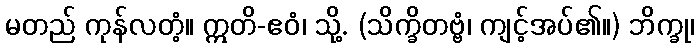
မတည် ကုန်လတံ့။ ဣတိ-ဧဝံ၊ သို့. (သိက္ခိတဗ္ဗံ၊ ကျင့်အပ်၏။) ဘိက္ခု၊